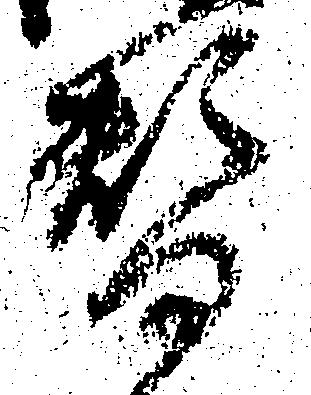
替